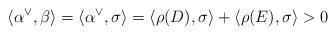
LaTeX: \begin{align*}\langle\alpha^\vee, \beta\rangle= \langle\alpha^\vee, \sigma\rangle = \langle \rho(D),\sigma\rangle + \langle\rho(E),\sigma\rangle >0\end{align*}